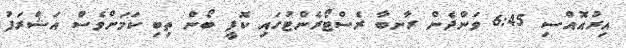
އިރުއޮއްސި 6:45 ވަންދެން ރާނބާ ރެސްޓޯރެންޓުގައި ކޮފީ ބޯން ތިބި ކަމަށްވެސް އަޝްރަފު